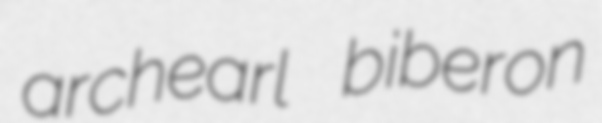
archearl biberon